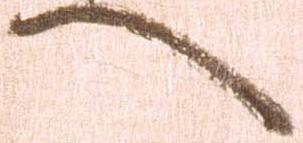
へ